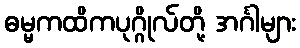
ဓမ္မကထိကပုဂ္ဂိုလ်တို့ အင်္ဂါများ